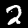
Digit: 2